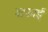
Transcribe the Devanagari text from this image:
शफाई